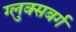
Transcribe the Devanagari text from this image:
ग्लुक्सबर्ग